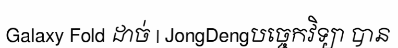
Galaxy Fold ដាច់ | JongDengបច្ចេកវិទ្យា បាន